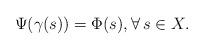
LaTeX: \begin{align*}\Psi(\gamma(s)) = \Phi(s), \forall \, s \in X.\end{align*}